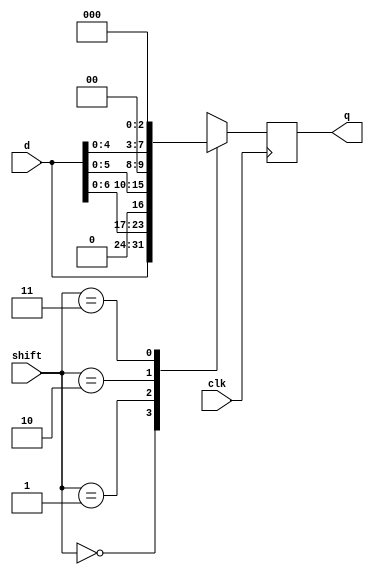
`timescale 1ns / 1ps
//////////////////////////////////////////////////////////////////////////////////
// Company: 
// Engineer: 
// 
// Design Name: 
// Module Name:    sr 
// Project Name: 
// Target Devices: 
// Tool versions: 
// Description: 
//
// Dependencies: 
//
// Revision: 
// Revision 0.01 - File Created
// Additional Comments: 
//
//////////////////////////////////////////////////////////////////////////////////
module sr(
clk,
shift,
d,
q
    );

input clk;
input wire [1:0] shift;
input wire [7:0] d;
output wire [7:0] q;

reg [7:0] r_reg;

always @(posedge clk)
begin

case (shift) 
		0 : r_reg <= d; 
		1 : r_reg <= d<<1; 
		2 : r_reg <= d<<2;   
		3 : r_reg <= d<<3;	
		default : $display("Error in SEL"); 
 endcase 
 end
 
assign q = r_reg;

endmodule